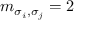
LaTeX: m _ { \sigma _ { i } , \sigma _ { j } } = 2